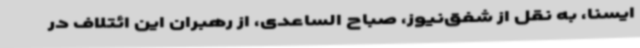
ایسنا، به نقل از شفق‌نیوز، صباح الساعدی، از رهبران این ائتلاف در